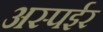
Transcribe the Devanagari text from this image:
अस्पईर